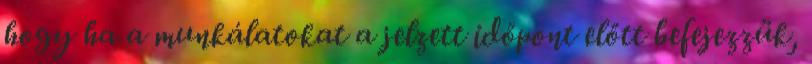
hogy ha a munkálatokat a jelzett időpont előtt befejezzük,